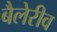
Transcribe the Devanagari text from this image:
बैलेरीव